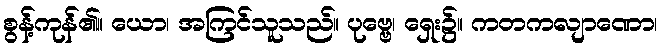
စွန့်ကုန်၏။ ယော၊ အကြင်သူသည်။ ပုဗ္ဗေ၊ ရှေး၌။ ကတကလျာဏော၊